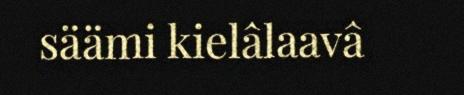
säämi kielâlaavâ